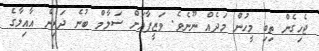
ޖެހިގެން ތިބި މީހުން މަދެއް ނޫނެވެ. ވަޒީފާއަށް ސަލާމް ބުނެ ދަރިން އާއިލާގެ